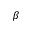
\beta